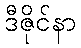
ဒီဇိုင်နာ